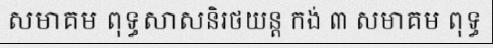
សមាគម ពុទ្ធសាសនិរថយន្ត កង់ ៣ សមាគម ពុទ្ធ